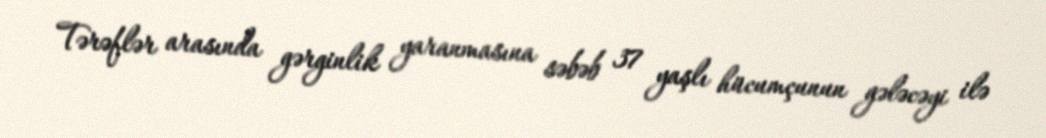
Tərəflər arasında gərginlik yaranmasına səbəb 37 yaşlı hücumçunun gələcəyi ilə